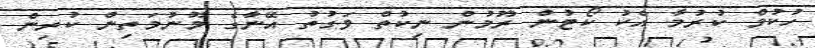
ހުކުމް ކުރުމާ އެކު ކޯޓުން ރޫމުން ނިކުތް ވަގުތު އޭނާގެ މޫނުމަތިން ކުރިން